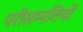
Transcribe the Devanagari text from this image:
परीसम्पतियों